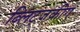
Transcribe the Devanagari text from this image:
ब्लिट्जक्रीग